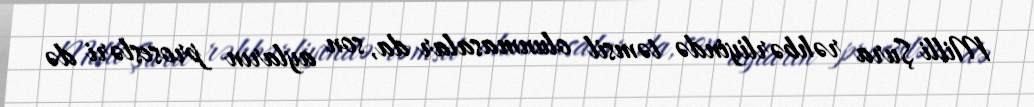
Milli Şura rəhbərliyində təmsil olunmasalar da, son ayların prosesləri də